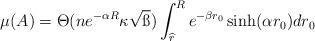
LaTeX: \begin{align*}\mu(A)= \Theta(ne^{-\alpha R}\kappa\sqrt{\ss})\int_{\widehat{r}}^R e^{-\beta r_0}\sinh(\alpha r_0)dr_0\end{align*}